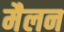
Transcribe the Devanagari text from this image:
मैलन